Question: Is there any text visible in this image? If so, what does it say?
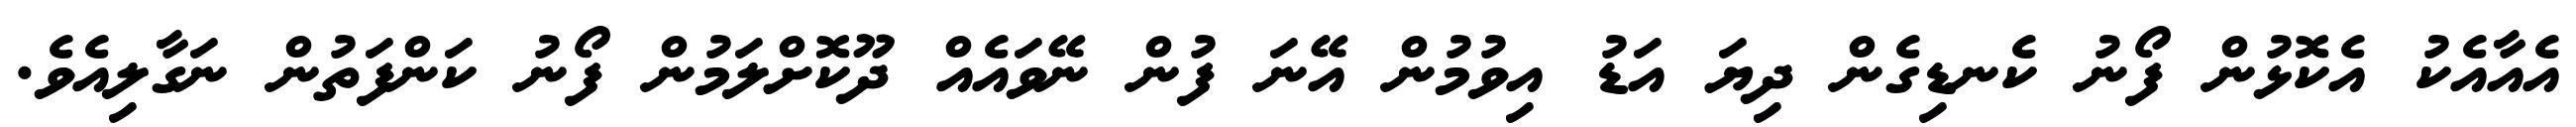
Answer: އެއާއެކު އެކޮޅުން ފޯނު ކެނޑިގެން ދިޔަ އަޑު އިވުމުން އޭނަ ފުން ނޭވައެއް ދޫކޮށްލަމުން ފޯނު ކަންފަތުން ނަގާލިއެވެ.